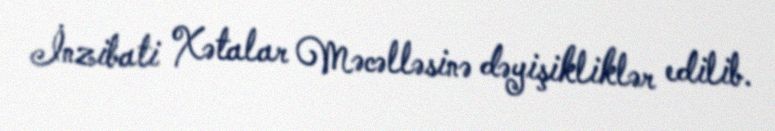
İnzibati Xətalar Məcəlləsinə dəyişikliklər edilib.